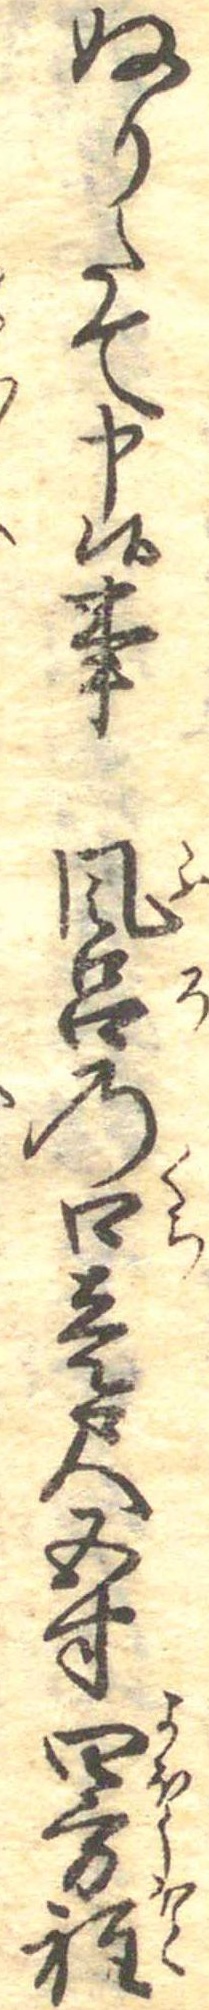
ぬりたて申候事風呂の口壱尺五寸四方程